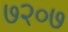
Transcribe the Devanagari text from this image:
७२०७